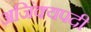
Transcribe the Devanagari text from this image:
अजिंक्यपदी